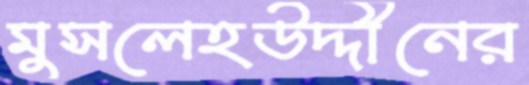
মুসলেহউদ্দীনের